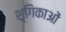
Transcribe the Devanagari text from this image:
शृगिकाओं